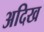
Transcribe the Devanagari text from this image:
अदिख